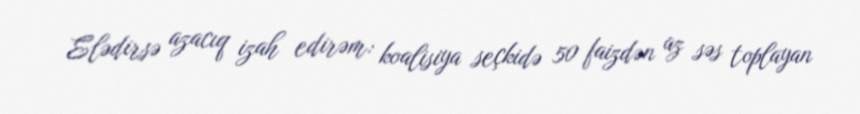
Elədirsə azacıq izah edirəm: koalisiya seçkidə 50 faizdən az səs toplayan